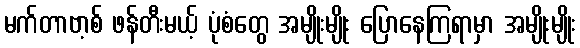
မက်တာဗာ့စ် ဖန်တီးမယ့် ပုံစံတွေ အမျိုးမျိုး ပြောနေကြရာမှာ အမျိုးမျိုး